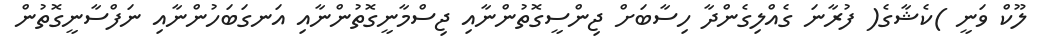
ލޫކް ވަނީ )ކެޝާގެ( ފުރާނަ ގެއްލިގެންދާ ހިސާބަށް ޖިންސީގޮތުންނާއި ޖިސްމާނީގޮތުންނާއި އަނގަބަހުންނާއި ނަފްސާނީގޮތުން